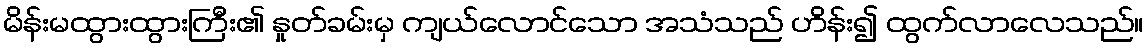
မိန်းမထွားထွားကြီး၏ နှုတ်ခမ်းမှ ကျယ်လောင်သော အသံသည် ဟိန်း၍ ထွက်လာလေသည်။